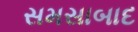
સમસાબાદ